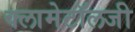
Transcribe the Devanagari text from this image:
क्लामेटॉलजी